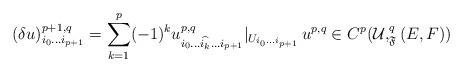
LaTeX: \begin{align*}(\delta u)^{p+1,q}_{i_0\ldots i_{p+1}}=\sum_{k=1}^p(-1)^k u^{p,q}_{i_0\ldots \widehat{i_k} \ldots i_{p+1}}|_{U_{i_0\ldots i_{p+1}}} \, u^{p,q}\in C^p(\mathcal{U},^q_{\mathfrak{F}}(E,F))\end{align*}